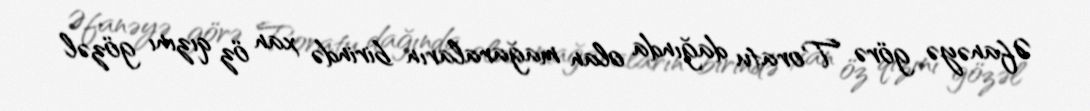
Əfanəyə görə Toratu dağında olan mağaraların birində xan öz qızını gözəl